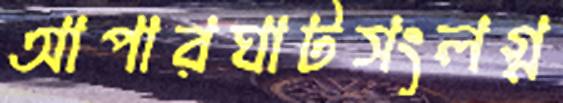
আপারঘাটসংলগ্ন